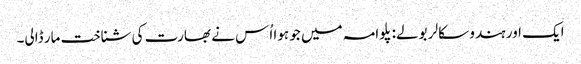
ایک اور ہندو سکالر بولے: پلوامہ میں جو ہوا اُس نے بھارت کی شناخت مار ڈالی۔